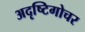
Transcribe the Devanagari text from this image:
अदृष्टिगोचर